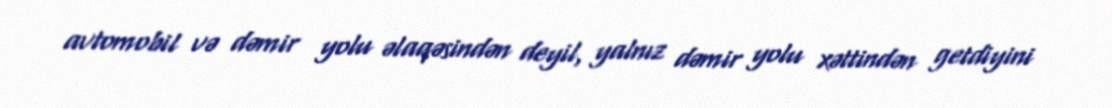
avtomobil və dəmir yolu əlaqəsindən deyil, yalnız dəmir yolu xəttindən getdiyini